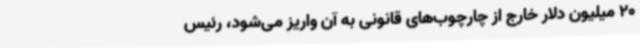
20 میلیون دلار خارج از چارچوب‌های قانونی به آن واریز می‌شود، رئیس